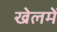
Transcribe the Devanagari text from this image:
खेलमें